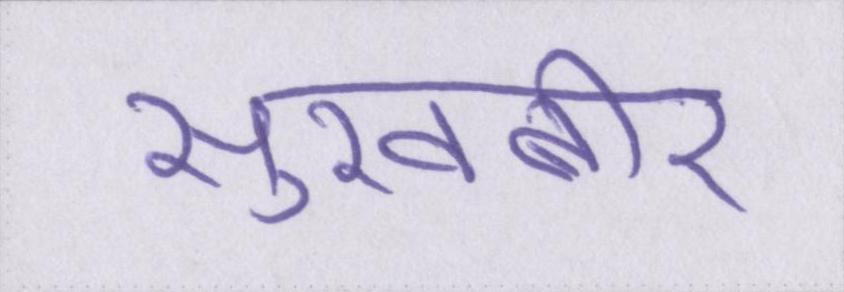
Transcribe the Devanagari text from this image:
सुखबीर